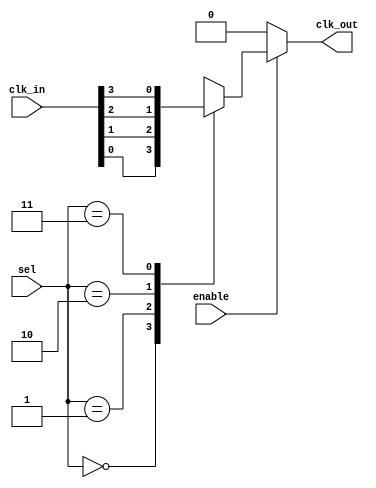
module clk_mux_buffer #(
    parameter NUM_CLOCKS = 4 // Number of clock inputs
)(
    input wire [NUM_CLOCKS-1:0] clk_in, // Clock inputs
    input wire [clog2(NUM_CLOCKS)-1:0] sel, // Selection input
    input wire enable, // Enable signal
    output reg clk_out // Output clock
);

// Function to calculate the logarithm base 2
function integer clog2;
    input integer value;
    begin
        value = value - 1;
        for (clog2 = 0; value > 0; clog2 = clog2 + 1)
            value = value >> 1;
    end
endfunction

// Always block to manage clock selection and enable
always @(*) begin
    if (enable) begin
        case (sel)
            2'b00: clk_out = clk_in[0];
            2'b01: clk_out = clk_in[1];
            2'b10: clk_out = clk_in[2];
            2'b11: clk_out = clk_in[3];
            default: clk_out = 1'b0; // Default case (should not occur)
        endcase
    end else begin
        clk_out = 1'b0; // Hold output low when disabled
    end
end

endmodule